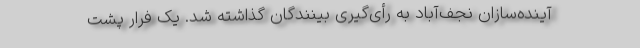
آینده‌سازان نجف‌آباد به رأی‌گیری بینندگان گذاشته شد. یک فرار پشت